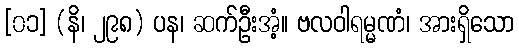
[၀၁] (နိ၊ ၂၉၈) ပန၊ ဆက်ဦးအံ့။ ဗလဝါရမ္မဏံ၊ အားရှိသော